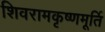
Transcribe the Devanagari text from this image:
शिवरामकृष्णमूर्ति